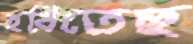
হরিতেছ